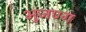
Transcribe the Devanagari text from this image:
भुजण्ग